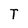
Character: T